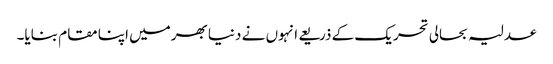
عدلیہ بحالی تحریک کے ذریعے انہوں نے دنیا بھرمیں اپنا مقام بنایا۔